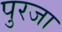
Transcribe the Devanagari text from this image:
पुरजा